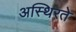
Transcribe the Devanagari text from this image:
अस्थिरते